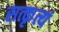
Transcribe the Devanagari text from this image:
सत्कृत्यं